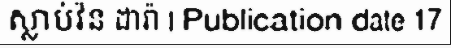
ស្លាប់វ៉ន ដារ៉ា | Publication date 17